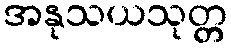
အနုသယသုတ္တ